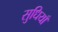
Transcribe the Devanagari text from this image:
सुधियाँ